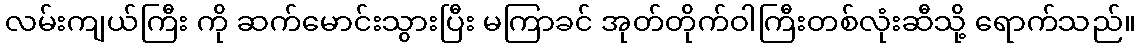
လမ်းကျယ်ကြီး ကို ဆက်မောင်းသွားပြီး မကြာခင် အုတ်တိုက်ဝါကြီးတစ်လုံးဆီသို့ ရောက်သည်။